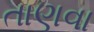
તાણવા